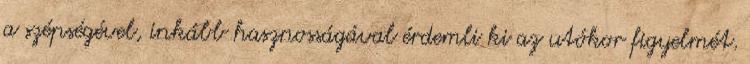
a szépségével, inkább hasznosságával érdemli ki az utókor figyelmét.